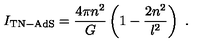
I _ { \mathrm { T N - A d S } } = { \frac { 4 \pi n ^ { 2 } } { G } } \left( 1 - { \frac { 2 n ^ { 2 } } { l ^ { 2 } } } \right) \ .